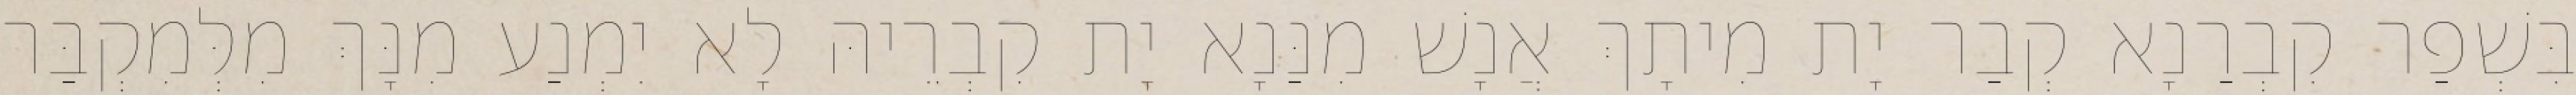
בִּשְׁפַר קִבְרַנָא קְבַר יָת מִיתָךְ אֲנָשׁ מִנַּנָא יָת קִבְרֵיהּ לָא יִמְנַע מִנָּךְ מִלְּמִקְבַּר